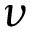
\nu